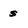
Character: s